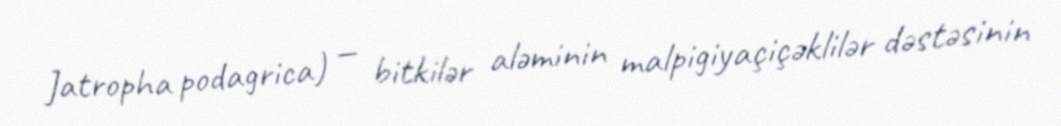
Jatropha podagrica) — bitkilər aləminin malpigiyaçiçəklilər dəstəsinin